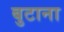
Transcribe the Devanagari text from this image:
बुटाना